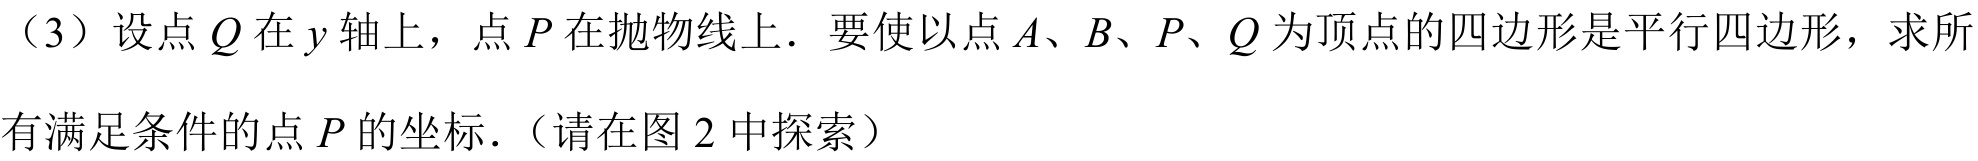
（3）设点\(Q\)在\(y\)轴上，点\(P\)在抛物线上．要使以点\(A\)、\(B\)、\(P\)、\(Q\)为顶点的四边形是平行四边形，求所
有满足条件的点\(P\)的坐标．（请在图 2 中探索）